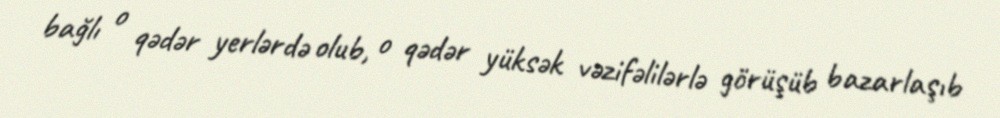
bağlı o qədər yerlərdə olub, o qədər yüksək vəzifəlilərlə görüşüb bazarlaşıb